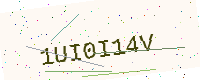
Text: 1UI0I14V